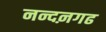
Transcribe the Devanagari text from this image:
नन्दऩगढ